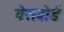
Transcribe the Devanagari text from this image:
वेसबोर्ड